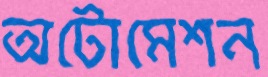
অটোমেশন